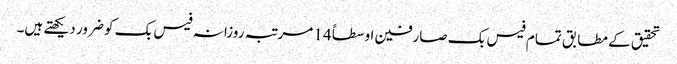
تحقیق کے مطابق تمام فیس بک صارفین اوسطاً 14 مرتبہ روزانہ فیس بک کو ضرور دیکھتے ہیں۔